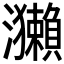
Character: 𤅂